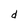
Character: d